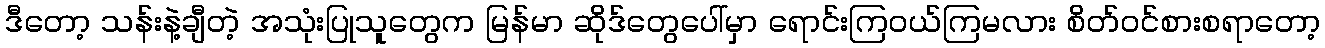
ဒီတော့ သန်းနဲ့ချီတဲ့ အသုံးပြုသူတွေက မြန်မာ ဆိုဒ်တွေပေါ်မှာ ရောင်းကြဝယ်ကြမလား စိတ်ဝင်စားစရာတော့